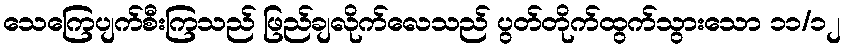
သေကြေပျက်စီးကြသည် ဖြည်ချလိုက်လေသည် ပွတ်တိုက်ထွက်သွားသော ၁၁/၁၂